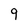
Character: 9